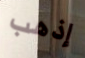
إذهب